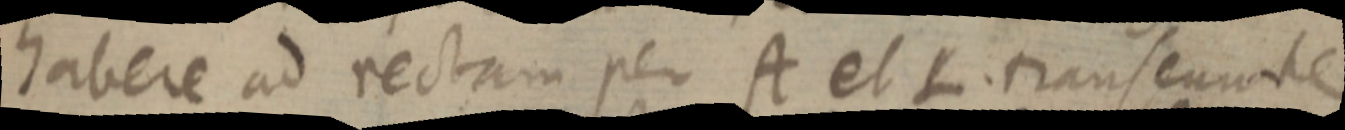
habere ad rectam per A et L. transeunde